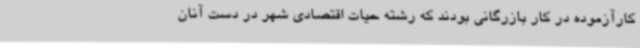
کارآزموده در کار بازرگانی بودند که رشته حیات اقتصادی شهر در دست آنان